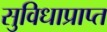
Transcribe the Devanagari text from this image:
सुविधाप्राप्त